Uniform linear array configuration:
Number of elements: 8
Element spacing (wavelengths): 0.5
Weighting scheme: cosine
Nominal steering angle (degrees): -30
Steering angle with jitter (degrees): -31.061
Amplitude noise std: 0.05
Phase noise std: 0.05

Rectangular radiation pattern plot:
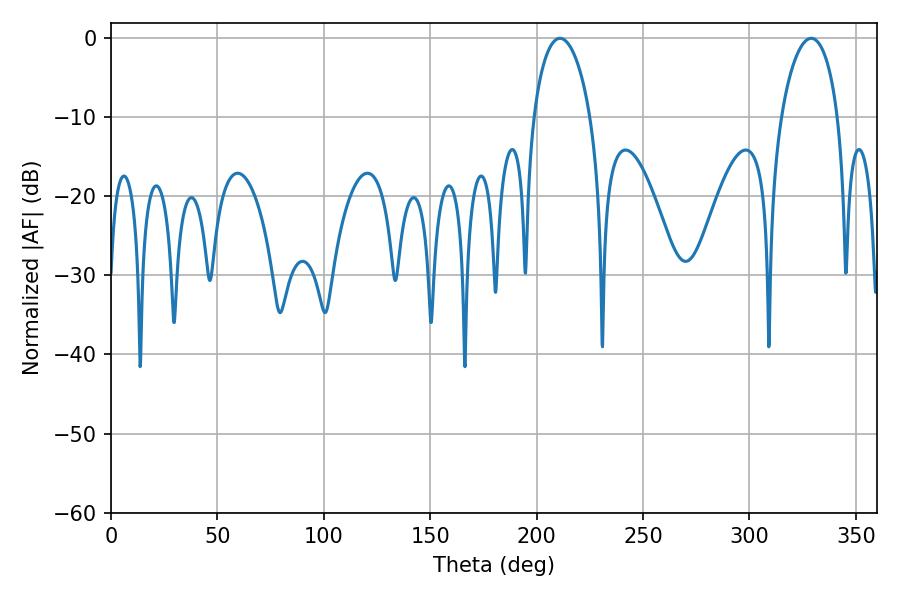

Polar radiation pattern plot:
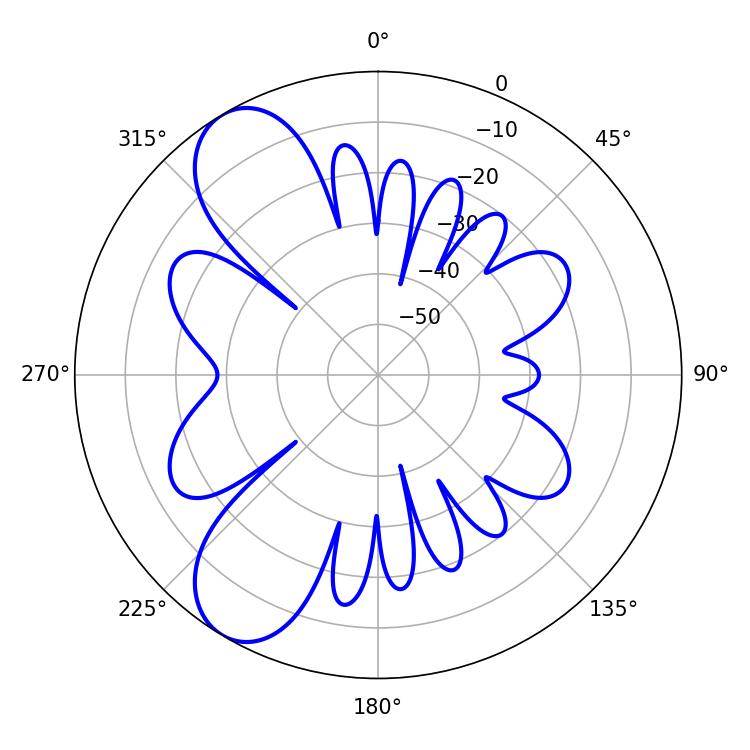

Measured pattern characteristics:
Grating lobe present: FALSE
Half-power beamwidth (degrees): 15.3
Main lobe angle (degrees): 210.96